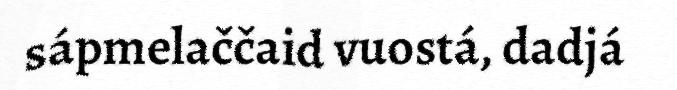
sápmelaččaid vuostá, dadjá